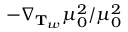
- \nabla _ { \mathbf { T } _ { w } } \mu _ { 0 } ^ { 2 } / \mu _ { 0 } ^ { 2 }